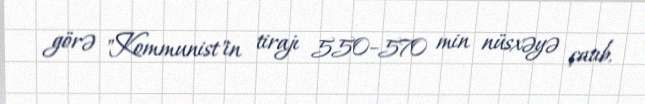
görə "Kommunist"in tirajı 550–570 min nüsxəyə çatıb.